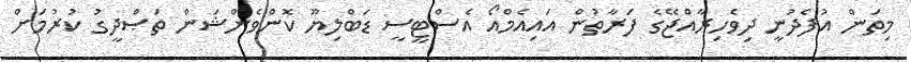
މިތަން އުފެދުނީ ދިވެހިރާއްޖޭގެ ފަރާތުން އައިއެމްއޯ އެސްޓީސީ ޑަބްލިޔޫ ކޮންވެންޝަން ތަޞްދީގު ކުރުމަށް